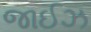
જાઈઝ